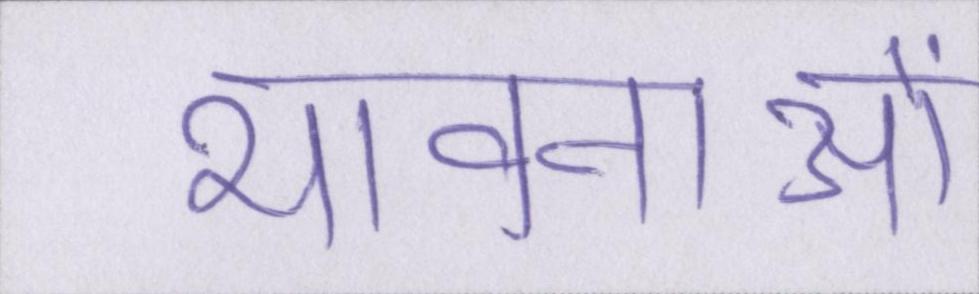
भावनाओं